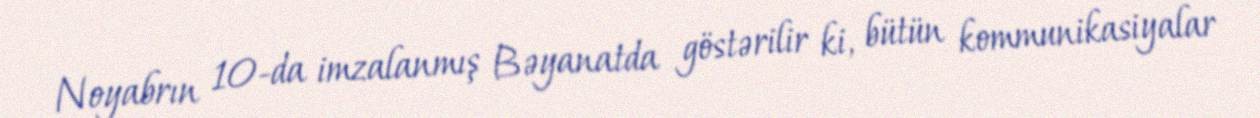
Noyabrın 10-da imzalanmış Bəyanatda göstərilir ki, bütün kommunikasiyalar